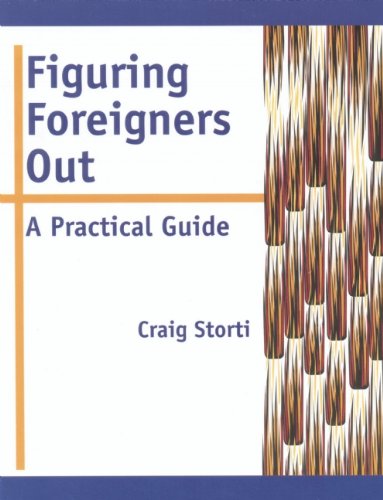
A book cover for Figuring Foreigners Out: A Practical Guide; Craig Storti; Politics & Social Sciences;